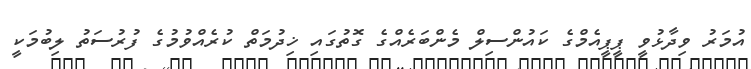
އުމަރު ވިދާޅުވީ ޕީޕީއެމްގެ ކައުންސިލް މެންބަރެއްގެ ގޮތުގައި ޚިދުމަތް ކުރެއްވުމުގެ ފުރުސަތު ލިބުމަކީ